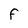
Character: F